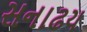
સનાઢય